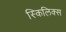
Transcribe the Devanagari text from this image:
स्किलिक्स